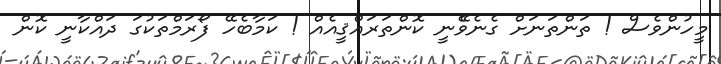
މީހުންވެސް ! ތަންތަނަށް ގެނެވެޭނީ ކޮންތަރައްޤީއެއް ! ކަމާބެހޭ ފޯރަމްތަކުގަ ދައްކާނީ ކޮން